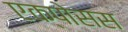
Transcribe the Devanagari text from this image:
एक्पोसस